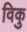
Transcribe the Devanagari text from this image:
विकु